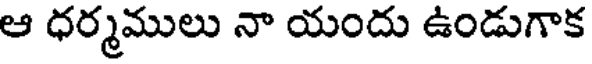
ఆ ధర్మములు నా యందు ఉండుగాక